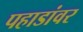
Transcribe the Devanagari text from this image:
पहाडांवर